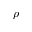
\rho